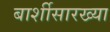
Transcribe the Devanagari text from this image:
बार्शीसारख्या